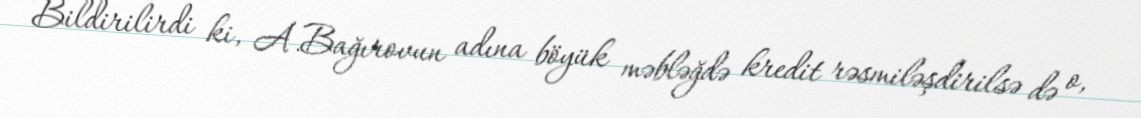
Bildirilirdi ki, A.Bağırovun adına böyük məbləğdə kredit rəsmiləşdirilsə də o,